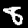
Label: 8